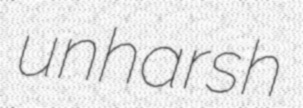
unharsh